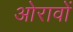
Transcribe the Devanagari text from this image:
ओरावों